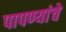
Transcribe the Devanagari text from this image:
पापण्यांचे